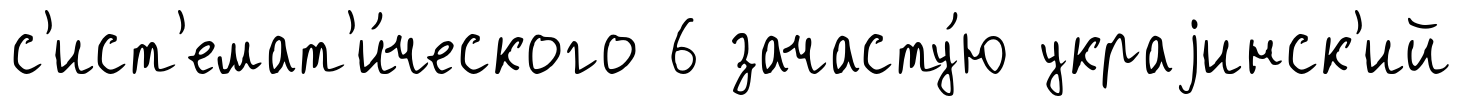
с'ист'емат'и́ческого 6 зачасту́ю украjинск'ий